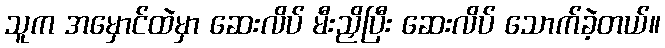
သူက အမှောင်ထဲမှာ ဆေးလိပ် မီးညှိပြီး ဆေးလိပ် သောက်ခဲ့တယ်။